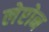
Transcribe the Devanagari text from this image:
लेप्टोन